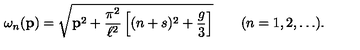
\omega _ { n } ( { \bf p } ) = \sqrt { { \bf p } ^ { 2 } + \frac { \pi ^ { 2 } } { \ell ^ { 2 } } \left[ ( n + s ) ^ { 2 } + \frac { g } { 3 } \right] } \qquad ( n = 1 , 2 , \ldots ) .